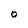
Character: 0